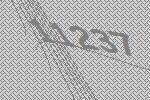
11237